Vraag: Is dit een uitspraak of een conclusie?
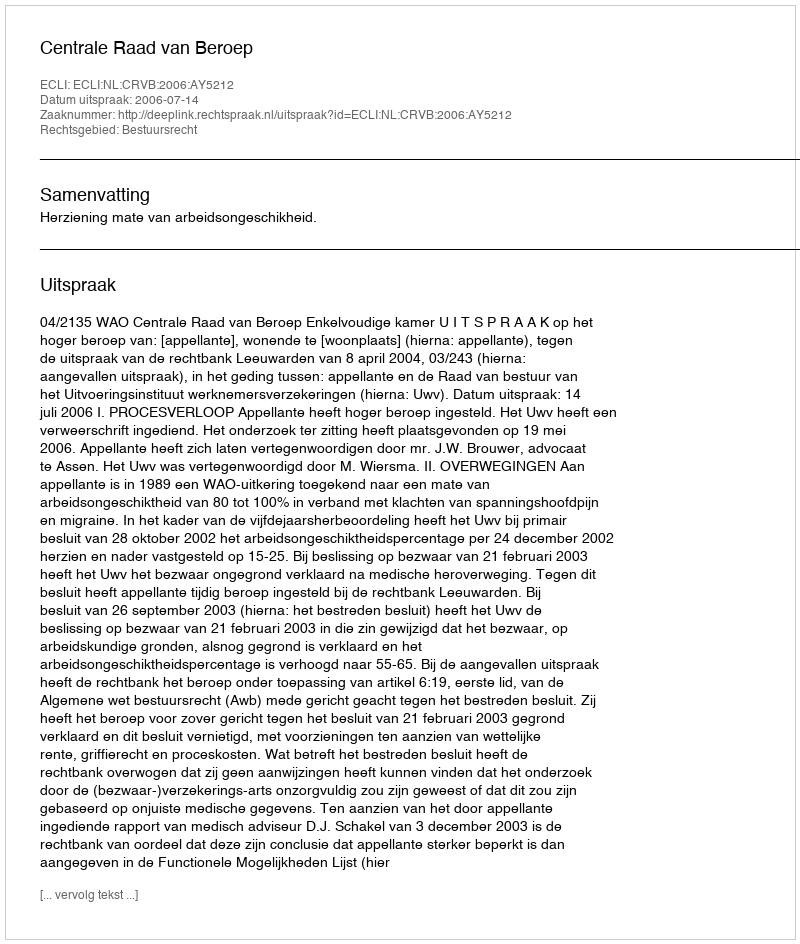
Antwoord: Uitspraak